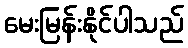
မေးမြန်းနိုင်ပါသည်